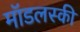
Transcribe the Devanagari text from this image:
मॉडलस्की